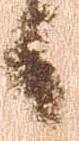
日